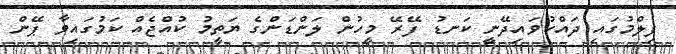
ފިލްމުގައި ދައްކުވައިދޭނީ ކަނޑު ފޭރޭ މީހުން ލަންޑަންގެ ޔަތީމު ކުއްޖެއް ކަމުގައިވާ ޕޭން